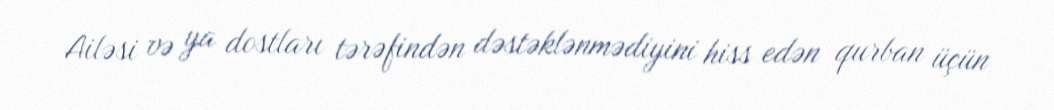
Ailəsi və ya dostları tərəfindən dəstəklənmədiyini hiss edən qurban üçün